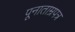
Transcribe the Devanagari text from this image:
पूनाताम्रपत्र